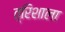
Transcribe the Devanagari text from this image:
त्रिशाला